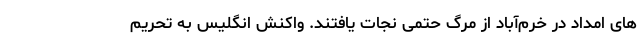
های امداد در خرم‌آباد از مرگ حتمی نجات یافتند. واکنش انگلیس به تحریم